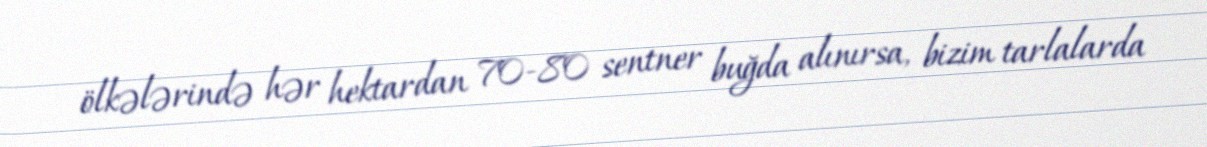
ölkələrində hər hektardan 70-80 sentner buğda alınırsa, bizim tarlalarda